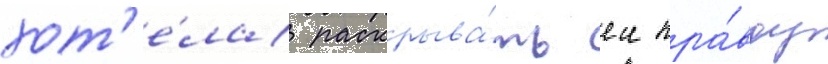
хот'е́ла раскрыва́ть еи пра́вду